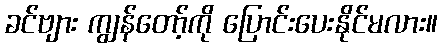
ခင်ဗျား ကျွန်တော့်ကို ပြောင်းပေးနိုင်မလား။